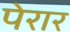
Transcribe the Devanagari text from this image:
पेरार